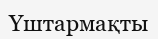
Үштармақты